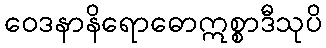
ဝေဒနာနိရောဓောဣစ္စာဒီသုပိ